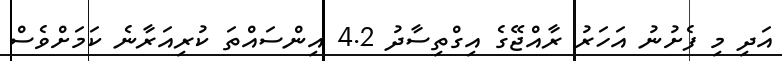
އަދި މި ފެށުނު އަހަރު ރާއްޖޭގެ އިގްތިސާދު 4.2 އިންސައްތަ ކުރިއަރާނެ ކަމަށްވެސް